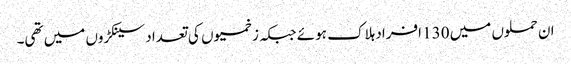
ان حملوں میں 130 افراد ہلاک ہوئے جبکہ زخمیوں کی تعداد سینکڑوں میں تھی۔